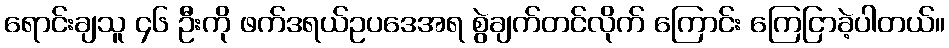
ရောင်းချသူ ၄၆ ဦးကို ဖက်ဒရယ်ဥပဒေအရ စွဲချက်တင်လိုက် ကြောင်း ကြေငြာခဲ့ပါတယ်။